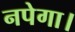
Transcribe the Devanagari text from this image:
नपेगा।